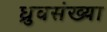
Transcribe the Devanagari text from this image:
ध्रुवसंख्या